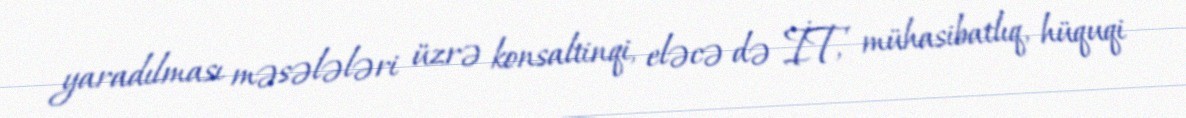
yaradılması məsələləri üzrə konsaltinqi, eləcə də İT, mühasibatlıq, hüquqi